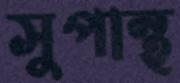
সুপান্থ